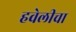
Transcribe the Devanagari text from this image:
हवेलीचा